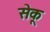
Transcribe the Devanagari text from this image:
सेकू